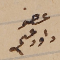
عضو داود عسى